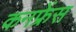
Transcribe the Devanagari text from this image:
कनफ्रेंस